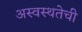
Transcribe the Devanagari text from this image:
अस्वस्थतेची